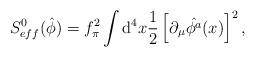
LaTeX: \begin{align*}S_{eff}^{0}(\hat{\phi})=f_{\pi}^{2}\int {\rm d}^{4}x \frac{1}{2}\left[ \partial_{\mu}\hat{\phi^{a}}(x) \right]^{2},\end{align*}